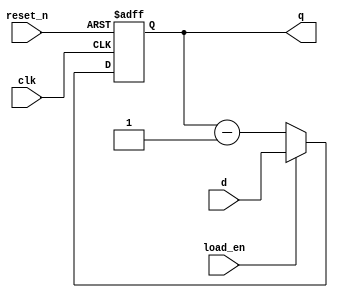
`timescale 1ns / 1ps


module downcounter_3bit(
        input [2:0] d,
        input load_en,clk,reset_n,
        output reg [2:0] q
);

always@(posedge clk or negedge reset_n)
begin
if(~reset_n)
    q<= 3'b000;
    else if(load_en)
    q<=d;
    else
    q<= q - 1'b1;
end

endmodule